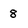
Character: 8